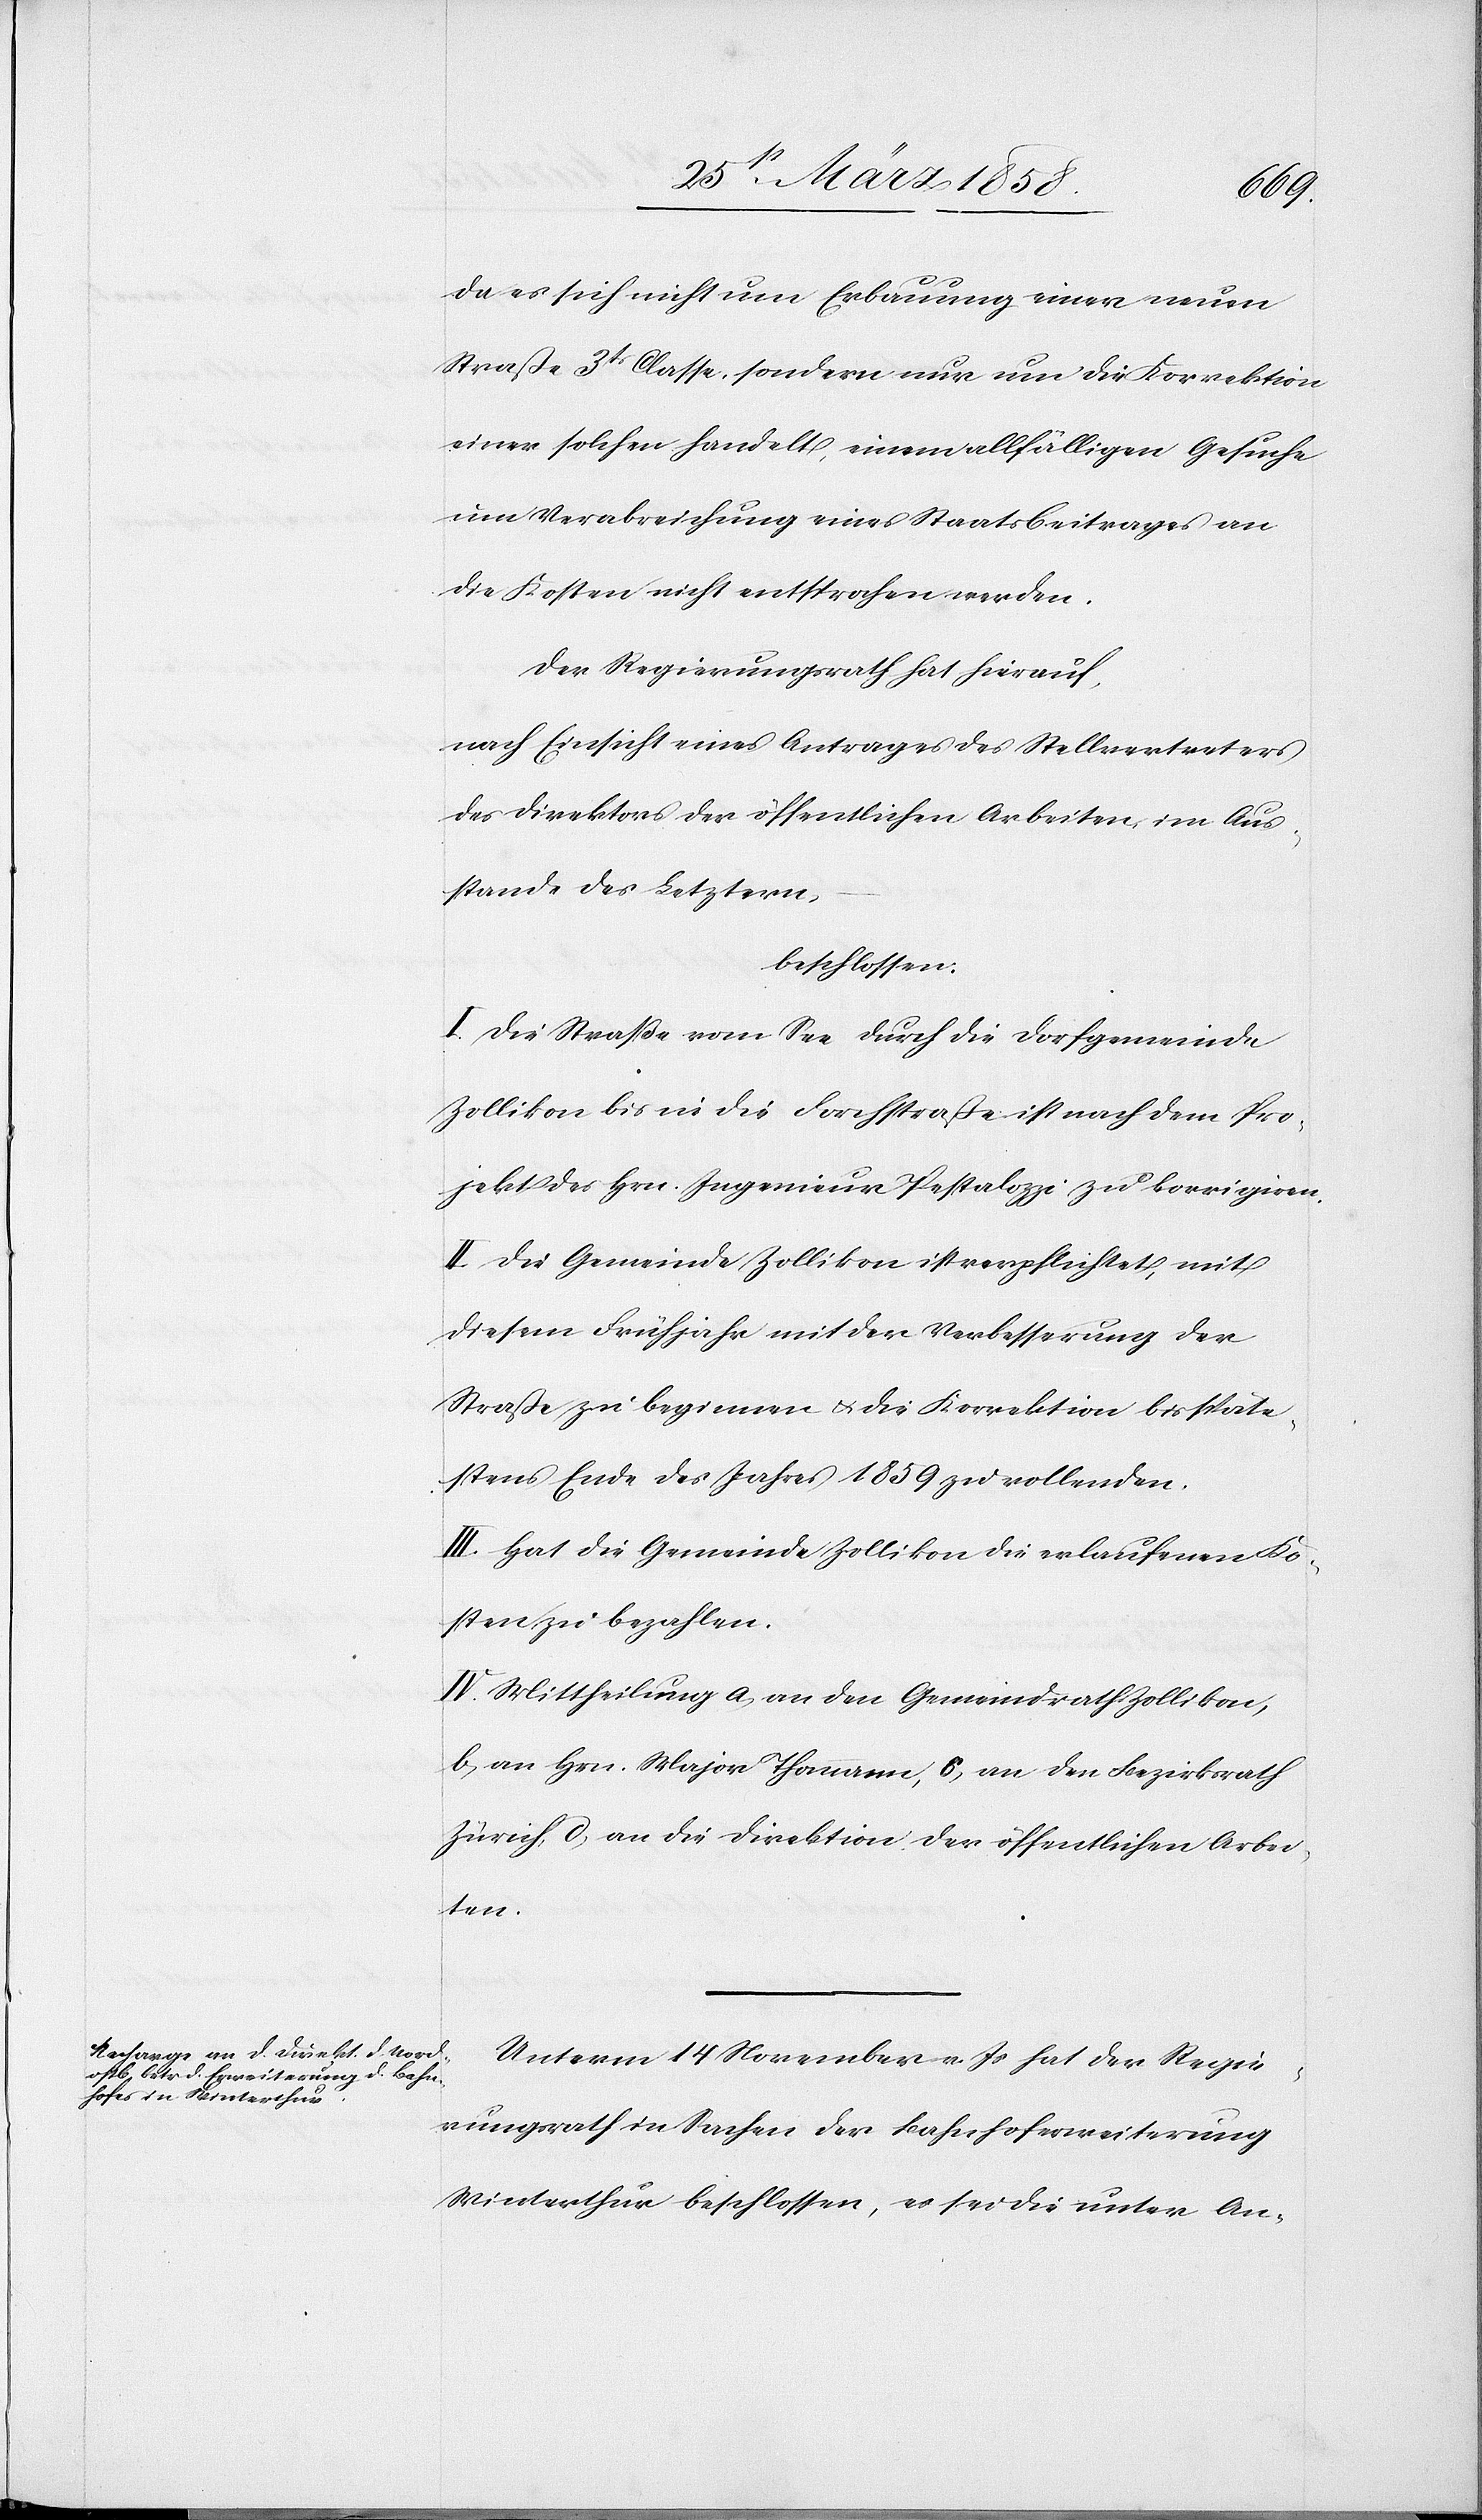
da es sich nicht um Erbauung einer neuen
Straße 3tr Classe, sondern nur um die Korrektion
einer solchen handelt, einem allfälligen Gesuche
um Verabreichung eines Staatsbeitrages an
die Kosten nicht entsprochen werden.
Der Regierungsrath hat hierauf,
nach Einsicht eines Antrages des Stellvertreters
des Direktors der öffentlichen Arbeiten im Aus¬
stande des Letztern,
beschlossen:
I. Die Straße vom See durch die Dorfgemeinde
Zollikon bis in die Forchstraße ist nach dem Pro¬
jekt des Hrn. Ingenieur Pestalozzi zu korrigiren.
II. Die Gemeinde Zollikon ist verpflichtet, mit
diesem Frühjahr mit der Verbesserung der
Straße zu beginnen u. die Korrektion bis späte¬
stens Ende des Jahres 1859 zu vollenden.
III. Hat die Gemeinde Zollikon die erlaufenen Ko¬
sten zu bezahlen.
IV. Mitheilung a) an den Gemeindrath Zollikon,
b) an Hrn. Major Thomann, c) an den Bezirksrath
Zürich, d) an die Direktion der öffentlichen Arbei¬
ten.
Unterm 14. November v. Js. hat der Regie¬
rungsrath in Sachen der Bahnhoferweiterung
Winterthur beschlossen, es sei die unter An-